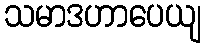
သမာဒဟာပေယျ